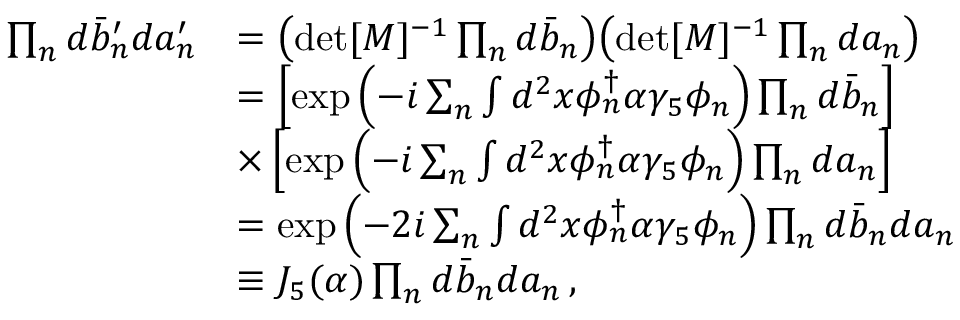
\begin{array} { r l } { \prod _ { n } d \bar { b } _ { n } ^ { \prime } d a _ { n } ^ { \prime } } & { = \left( \operatorname* { d e t } [ M ] ^ { - 1 } \prod _ { n } d \bar { b } _ { n } \right) \! \left( \operatorname* { d e t } [ M ] ^ { - 1 } \prod _ { n } d a _ { n } \right) } \\ & { = \left[ \exp \left( - i \sum _ { n } \int d ^ { 2 } x \phi _ { n } ^ { \dagger } \alpha \gamma _ { 5 } \phi _ { n } \right) \prod _ { n } d \bar { b } _ { n } \right] } \\ & { \times \left[ \exp \left( - i \sum _ { n } \int d ^ { 2 } x \phi _ { n } ^ { \dagger } \alpha \gamma _ { 5 } \phi _ { n } \right) \prod _ { n } d a _ { n } \right] } \\ & { = \exp \left( - 2 i \sum _ { n } \int d ^ { 2 } x \phi _ { n } ^ { \dagger } \alpha \gamma _ { 5 } \phi _ { n } \right) \prod _ { n } d \bar { b } _ { n } d a _ { n } } \\ & { \equiv J _ { 5 } ( \alpha ) \prod _ { n } d \bar { b } _ { n } d a _ { n } \, , } \end{array}